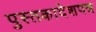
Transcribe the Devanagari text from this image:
पुस्तकादेशपत्र